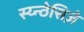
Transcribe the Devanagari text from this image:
स्य्न्ठेसिज़े